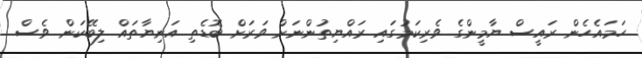
ހަމައެހެން ރައީސް ޔާމީންގެ ވެރިކަމުގައި ރައްޔިތުންނަށް ވަރަށް ބޮޑެތި އަނިޔާތައް ލިބޭކަން ވެސް